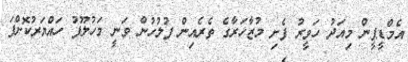
އެމްޑީޕީން މިއަދު ހަވީރު ފެށި މުޒާހަރާގެ ތެރެއިން ފުލުހުން ވަނީ މަހުލޫފު ހައްޔަރުކޮށްފަ